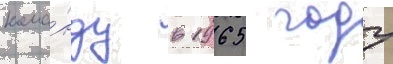
кома́нду в 1965 году